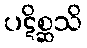
ပဋိစ္ဆသိ